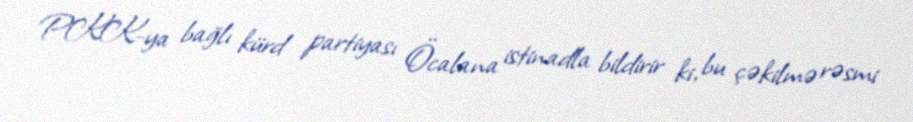
PKK-ya bağlı kürd partiyası Öcalana istinadla bildirir ki, bu çəkilmə rəsmi